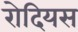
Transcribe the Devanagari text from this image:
रोदियस